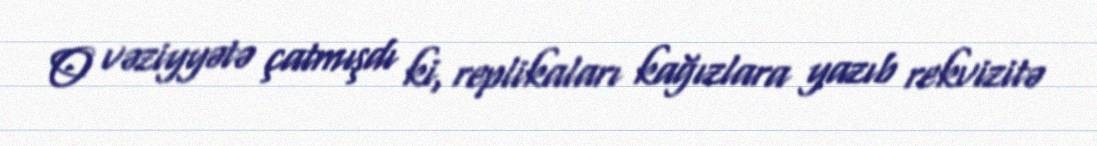
O vəziyyətə çatmışdı ki, replikaları kağızlara yazıb rekvizitə